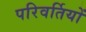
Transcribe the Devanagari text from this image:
परिवर्तियों